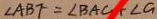
\angle A B F = \angle B A C + \angle G